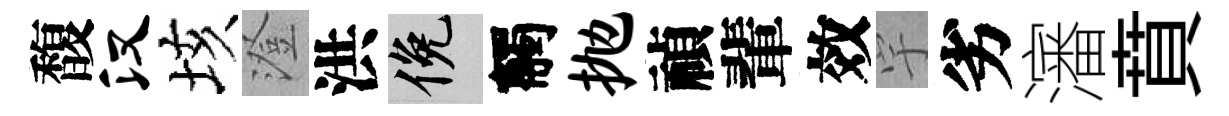
馥汉垓澄洪俯觸抛禎輩效宇劣瀋賁